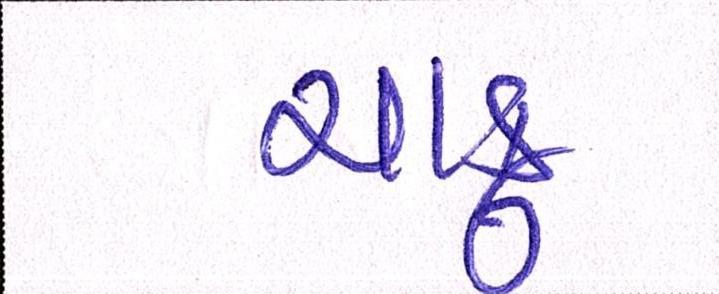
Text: ચાકુ